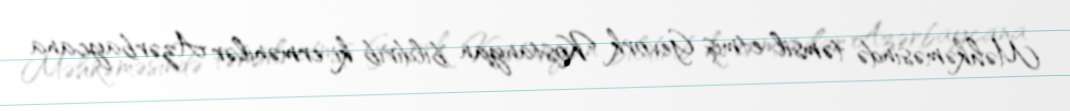
Məhkəməsində təmsil etmiş Gevork Kostanyan bildirib ki, ermənilər Azərbaycana